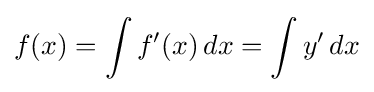
f(x)=\int f'(x)\,dx=\int y'\,dx